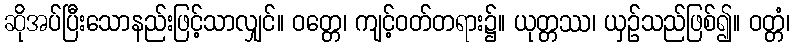
ဆိုအပ်ပြီးသောနည်းဖြင့်သာလျှင်။ ဝတ္တေ၊ ကျင့်ဝတ်တရား၌။ ယုတ္တဿ၊ ယှဉ်သည်ဖြစ်၍။ ဝတ္တံ၊